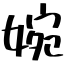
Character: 婉